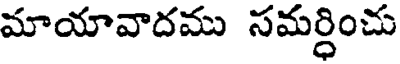
మాయావాదము సమర్ధించు